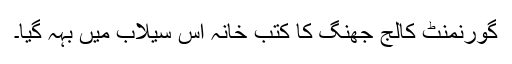
گورنمنٹ کالج جھنگ کا کتب خانہ اس سیلاب میں بہہ گیا۔